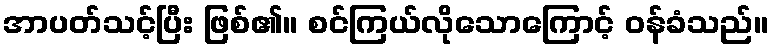
အာပတ်သင့်ပြီး ဖြစ်၏။ စင်ကြယ်လိုသောကြောင့် ဝန်ခံသည်။